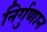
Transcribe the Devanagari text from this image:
निर्गुणान